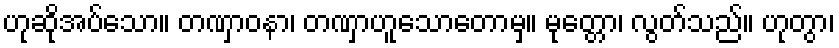
ဟုဆိုအပ်သော။ တဏှာဝနာ၊ တဏှာဟူသောတောမှ။ မုတ္တော၊ လွတ်သည်။ ဟုတွာ၊